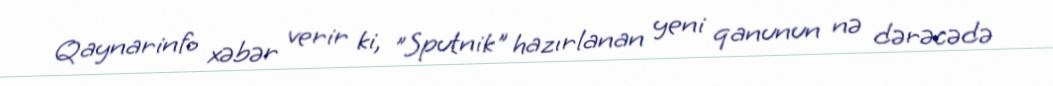
Qaynarinfo xəbər verir ki, "Sputnik" hazırlanan yeni qanunun nə dərəcədə